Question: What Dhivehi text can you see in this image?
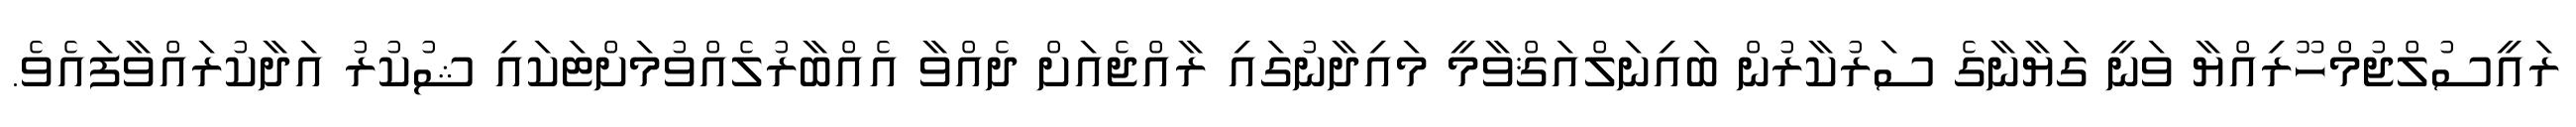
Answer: ރައީސުލްޖުމްހޫރިއްޔާ ވަނީ ގަޔާނާގެ ސަރުކާރުން ބައިނަލްއަޤްވާމީ މައިދާނުގައި ރާއްޖެއަށް ދެއްވާ އެއްބާރުލެއްވުމަށްޓަކައި ޝުކުރު އަދާކުރައްވާފައެވެ.